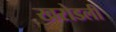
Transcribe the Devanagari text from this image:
खरोडली